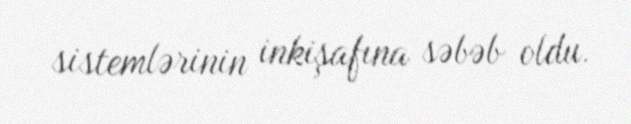
sistemlərinin inkişafına səbəb oldu.